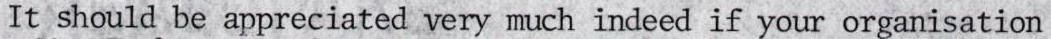
It should be appreciated very much indeed if your organisation